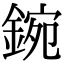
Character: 鋺